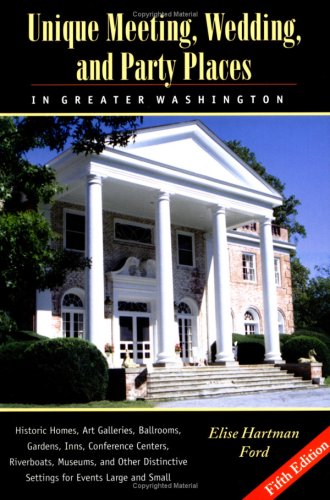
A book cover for Unique Meeting, Wedding and Party Places in Greater Washington: Historic Homes, Art Galleries, Ballrooms, Gardens, Inns, Conference Centers, Riverboat; Elise Hartman Ford; Travel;